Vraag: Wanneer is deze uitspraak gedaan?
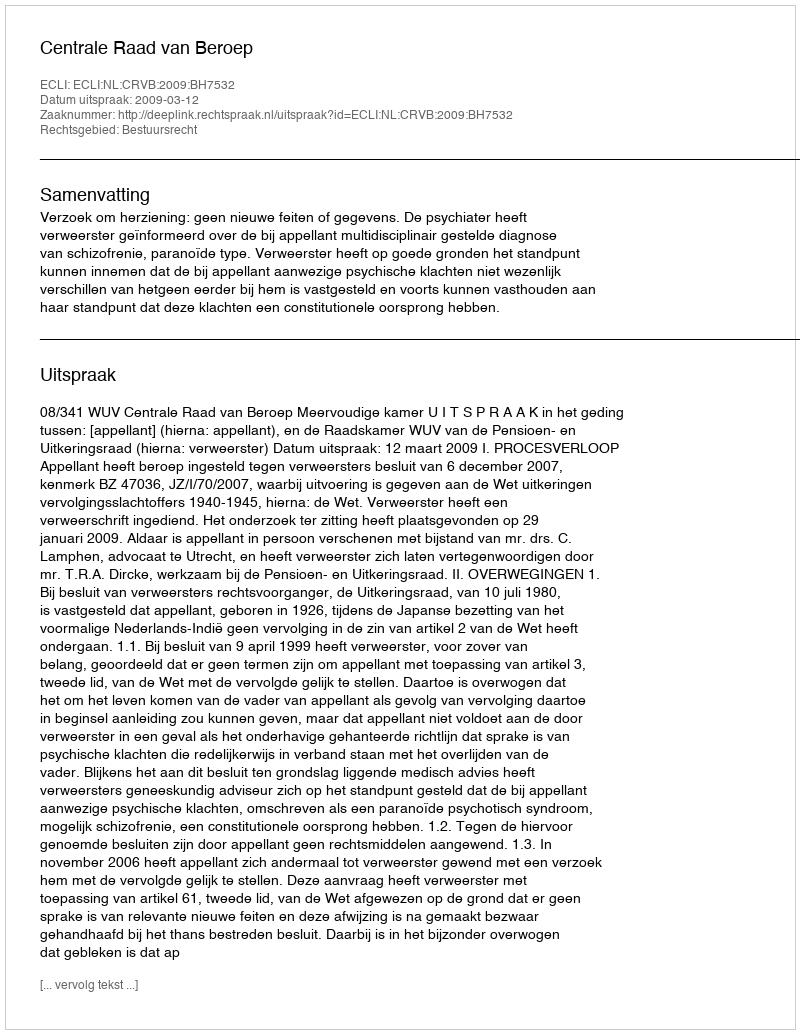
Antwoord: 2009-03-12